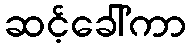
ဆင့်ခေါ်ကာ